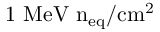
\mathrm { 1 ~ M e V ~ n _ { e q } / c m ^ { 2 } }